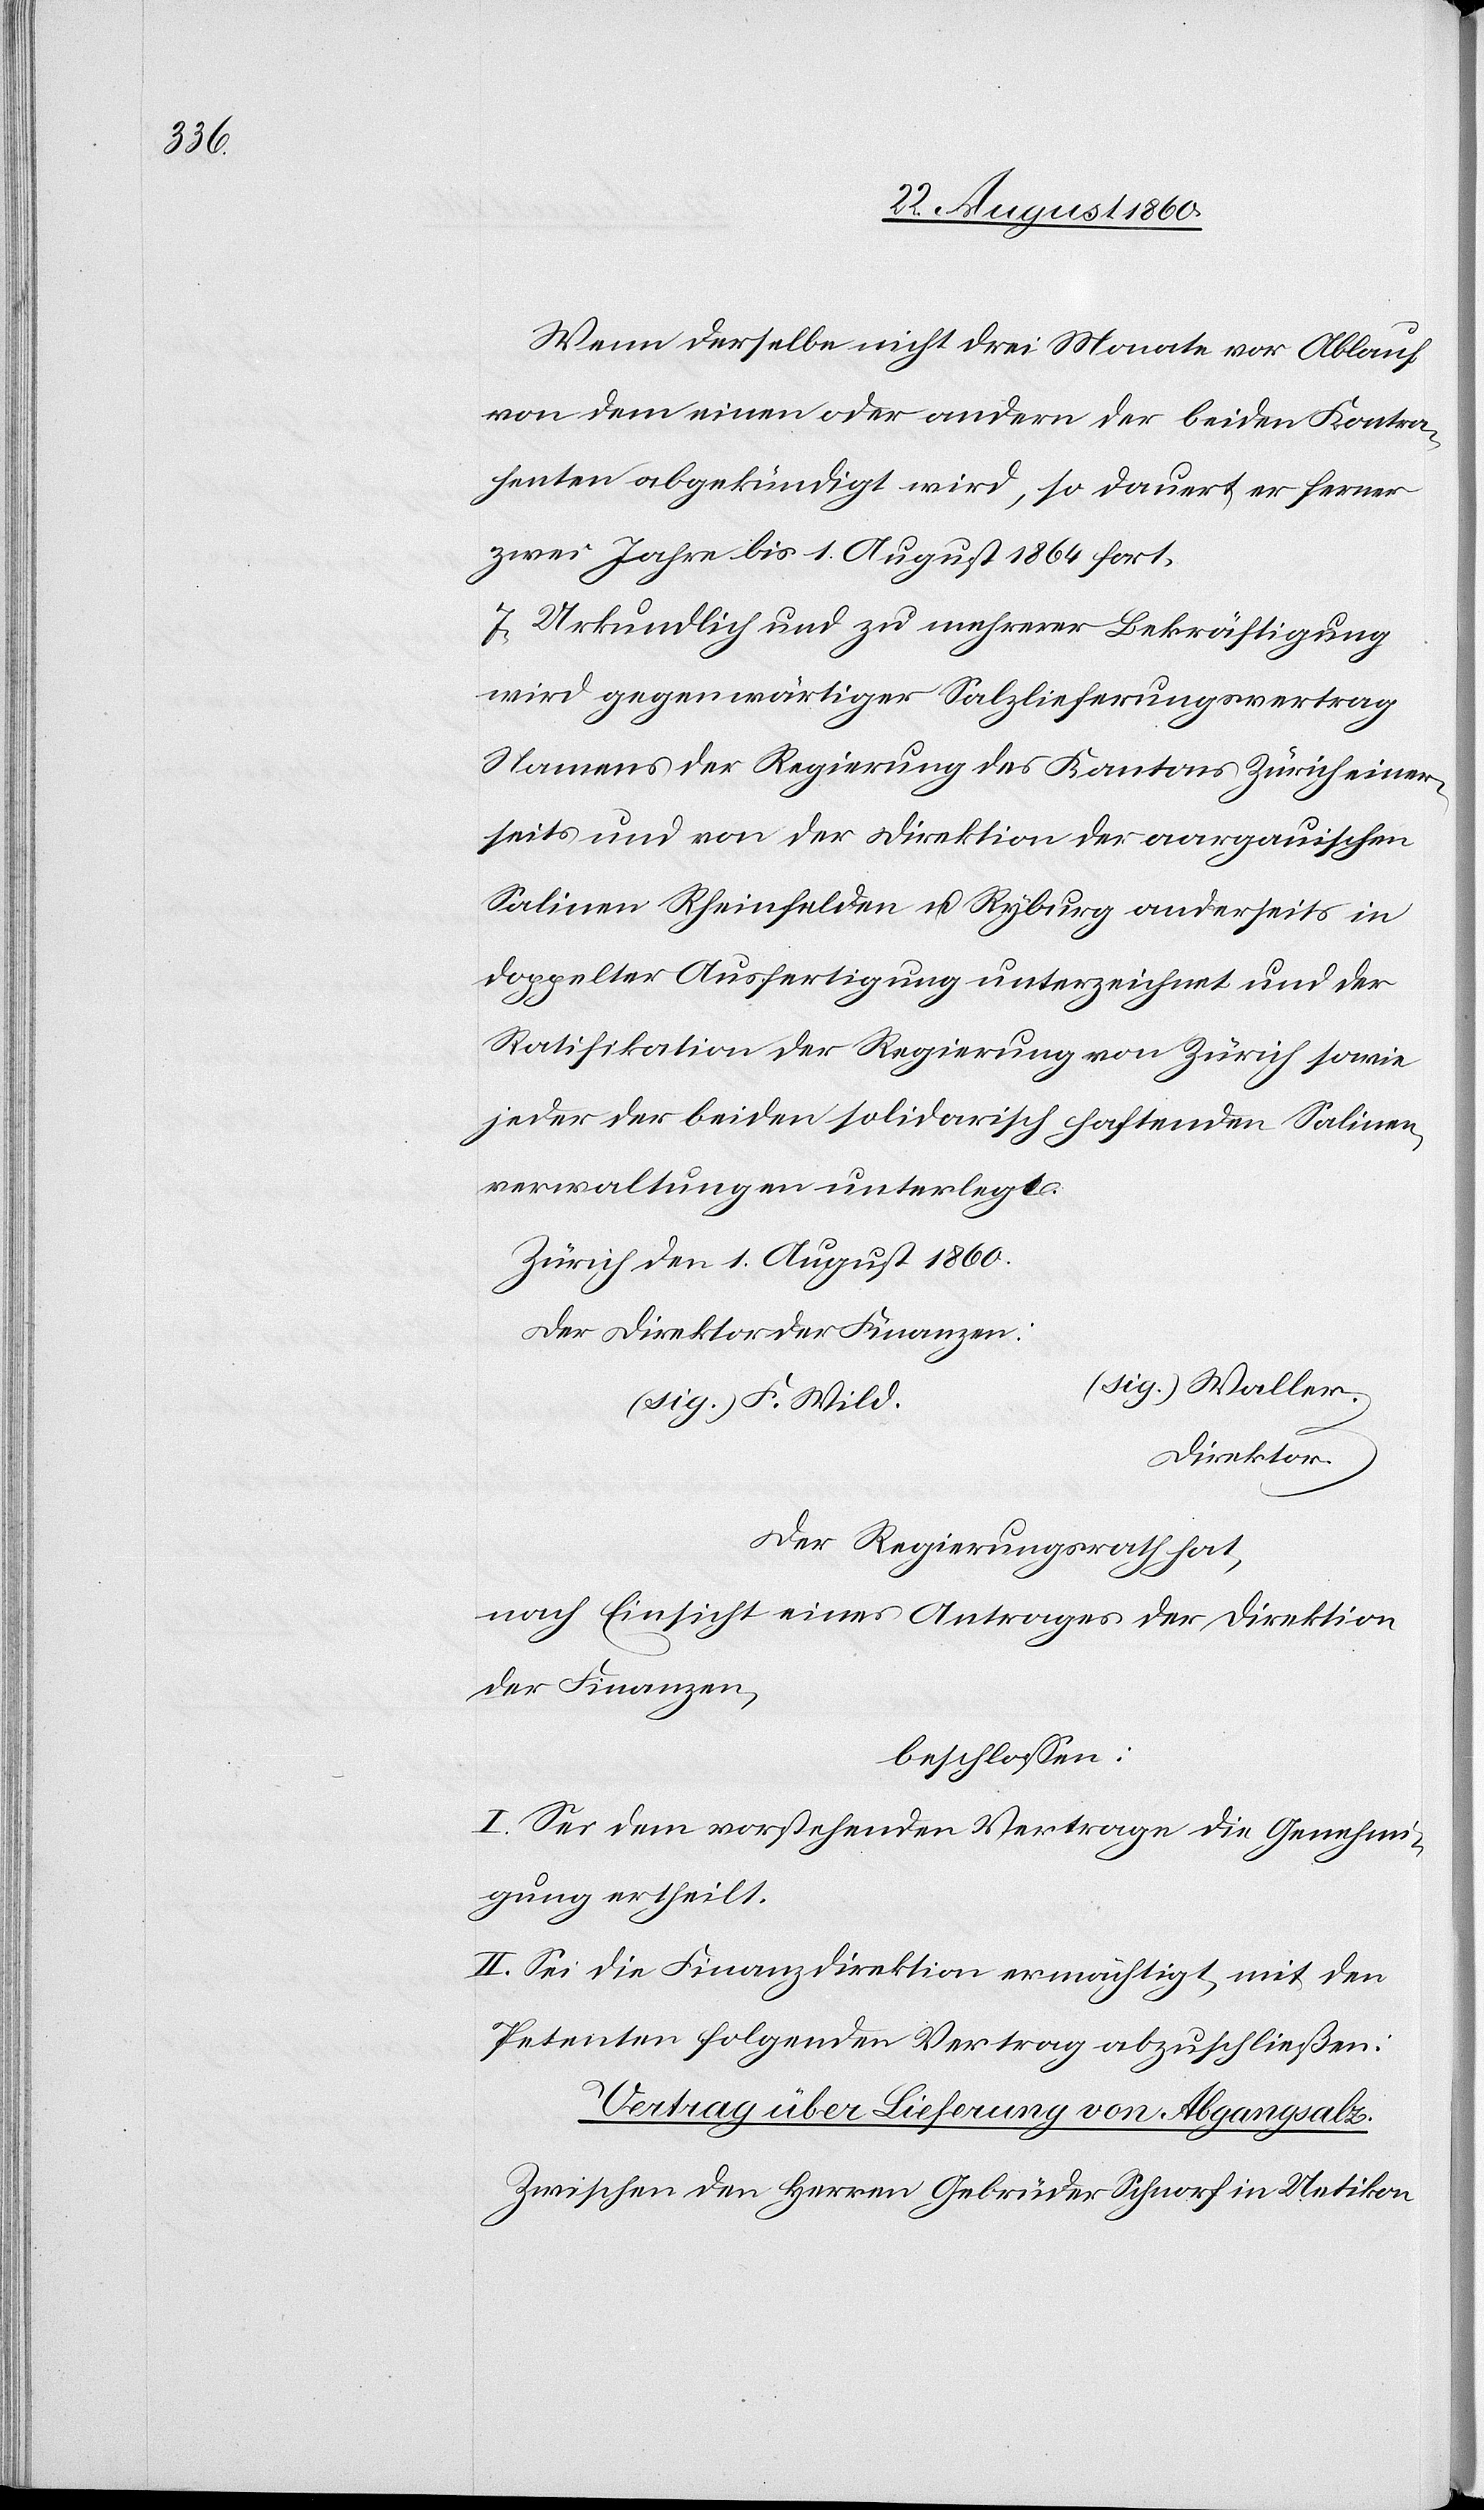
Wenn derselbe nicht drei Monate vor Ablauf
von dem einen oder andern der beiden Kontra¬
henten abgekündigt wird, so dauert er ferner
zwei Jahre bis 1t August 1864 fort.
7) Urkundlich und zu mehrerer Bekräftigung
wird gegenwärtiger Salzulieferungsvertrag,
Namens der Regierung des Kantons Zürich einer¬
seits und von der Direktion der aargauischen
Salinen Rheinfelden und Ryburg anderseits in
doppelter Ausfertigung unterzeichnet, und der
Ratifikation der Regierung des Kantons Zürich sowie
jeder der bei den solidarisch haftenden Salinen¬
verwaltungen unterlegt.
Zürich, den 1. August 1860.
Der Direktor der Finanzen.
Direktor
Der Regierungsrath hat,
nach Einsicht eines Antrages der Direktion
der Finanzen,
beschlossen:
I. Sei dem vorstehenden Vertrage die Genehmi¬
gung ertheilt.
II. Sei die Finanzdirektion ermächtigt, mit den
Petenten folgenden Vertrag abzuschliessen:
Vertrag über Lieferung von Abgangsalz.
zwischen den Herren Gebrüder Schnorf in Uetikon